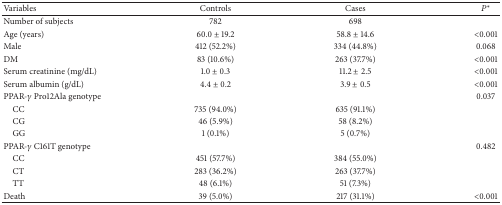
<table><thead><tr><td><b>Variables</b></td><td><b>Controls</b></td><td><b>Cases</b></td><td><b><i>P</i><sup>*</sup></b></td></tr></thead><tbody><tr><td>Number of subjects</td><td>782</td><td>698</td><td> </td></tr><tr><td>Age (years)</td><td>60.0 ± 19.2</td><td>58.8 ± 14.6</td><td>&lt;0.001</td></tr><tr><td>Male</td><td>412 (52.2%)</td><td>334 (44.8%)</td><td> 0.068</td></tr><tr><td>DM</td><td> 83 (10.6%)</td><td>263 (37.7%)</td><td>&lt;0.001</td></tr><tr><td>Serum creatinine (mg/dL)</td><td>1.0 ± 0.3</td><td>11.2 ± 2.5</td><td>&lt;0.001</td></tr><tr><td>Serum albumin (g/dL)</td><td>4.4 ± 0.2</td><td>3.9 ± 0.5</td><td>&lt;0.001</td></tr><tr><td>PPAR-<i>γ</i> Pro12Ala genotype</td><td> </td><td> </td><td> 0.037</td></tr><tr><td> CC</td><td>735 (94.0%)</td><td>635 (91.1%)</td><td> </td></tr><tr><td> CG</td><td> 46 (5.9%)</td><td> 58 (8.2%)</td><td> </td></tr><tr><td> GG</td><td> 1 (0.1%)</td><td> 5 (0.7%)</td><td> </td></tr><tr><td>PPAR-<i>γ</i> C161T genotype</td><td> </td><td> </td><td> 0.482</td></tr><tr><td> CC</td><td>451 (57.7%)</td><td>384 (55.0%)</td><td> </td></tr><tr><td> CT</td><td>283 (36.2%)</td><td>263 (37.7%)</td><td> </td></tr><tr><td> TT</td><td> 48 (6.1%)</td><td> 51 (7.3%)</td><td> </td></tr><tr><td>Death</td><td> 39 (5.0%)</td><td>217 (31.1%)</td><td>&lt;0.001</td></tr></tbody></table>